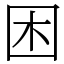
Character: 困